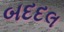
બદદલ